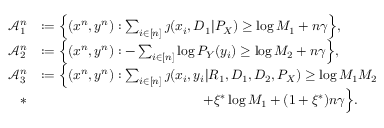
\begin{array} { r l } { \mathcal { A } _ { 1 } ^ { n } } & { : = \Big \{ ( x ^ { n } , y ^ { n } ) : \sum _ { i \in [ n ] } \jmath ( x _ { i } , D _ { 1 } | P _ { X } ) \geq \log M _ { 1 } + n \gamma \Big \} , } \\ { \mathcal { A } _ { 2 } ^ { n } } & { : = \Big \{ ( x ^ { n } , y ^ { n } ) : - \sum _ { i \in [ n ] } \log P _ { Y } ( y _ { i } ) \geq \log M _ { 2 } + n \gamma \Big \} , } \\ { \mathcal { A } _ { 3 } ^ { n } } & { : = \Big \{ ( x ^ { n } , y ^ { n } ) : \sum _ { i \in [ n ] } \jmath ( x _ { i } , y _ { i } | R _ { 1 } , D _ { 1 } , D _ { 2 } , P _ { X } ) \geq \log M _ { 1 } M _ { 2 } } \\ { * } & { \qquad \qquad \qquad \qquad \qquad \qquad + \xi ^ { * } \log M _ { 1 } + ( 1 + \xi ^ { * } ) n \gamma \Big \} . } \end{array}